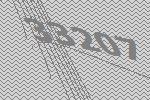
33207